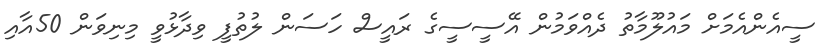
ސީއެންއެމަށް މައުލޫމާތު ދެއްވަމުން އޭސީސީގެ ރައީސް ހަސަން ލުތުފީ ވިދާޅުވީ މިނިވަން 50އާއި